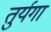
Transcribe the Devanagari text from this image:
तुर्यगा